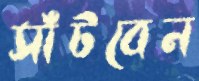
সাঁটবেন